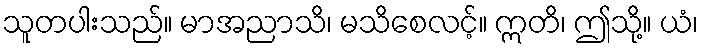
သူတပါးသည်။ မာအညာသိ၊ မသိစေလင့်။ ဣတိ၊ ဤသို့။ ယံ၊